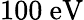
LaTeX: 100~\mathrm{eV}